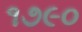
૧૭૯૦